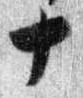
十